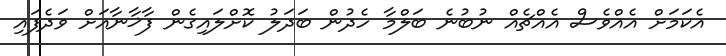
އެކަމަށް އެއްވެސް އެއްޗެއް ނުބުނެ ބަލްމާ ހެދުން ބަދަލު ކޮށްލައިގެން ފާޚާނާއަށް ވަދެފައި